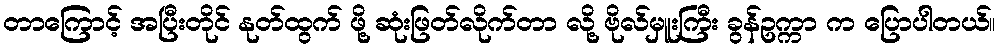
တာကြောင့် အပြီးတိုင် နုတ်ထွက် ဖို့ ဆုံးဖြတ်လိုက်တာ လို့ ဗိုလ်မှူးကြီး ခွန်ဥက္ကာ က ပြောပါတယ်။